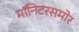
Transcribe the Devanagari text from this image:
मॉनिटरसमोर